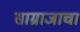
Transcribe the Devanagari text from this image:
साम्राजाचा